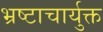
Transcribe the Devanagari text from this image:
भ्रष्टाचार्युक्त